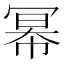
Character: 幂